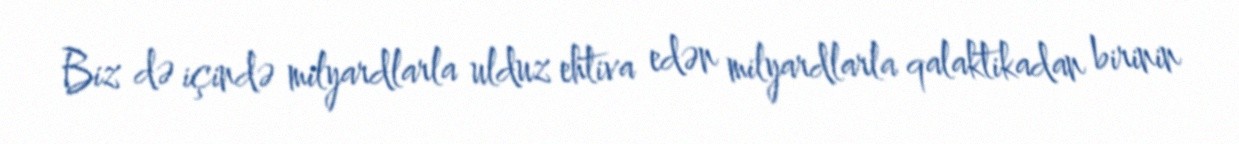
Biz də içində milyardlarla ulduz ehtiva edən milyardlarla qalaktikadan birinin